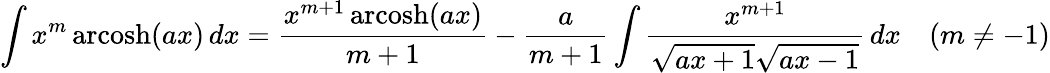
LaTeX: \int x^{m}\operatorname{arcosh}(ax)\, dx={\frac{x^{m+1}\operatorname{arcosh}(ax)}{m+1}}-{\frac{a}{m+1}}\int{\frac{x^{m+1}}{{\sqrt{ax+1}}{\sqrt{ax-1}}}}\, dx\quad(m\neq-1)